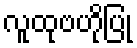
လူထုဗဟိုပြု